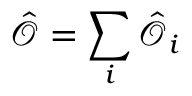
\hat { \mathcal { O } } = \sum _ { i } \hat { \mathcal { O } } _ { i }